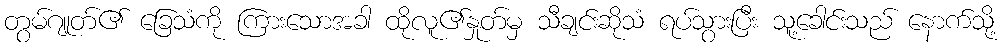
တွမ်ဂျုတ်၏ ခြေသံကို ကြားသောအခါ ထိုလူ၏နှုတ်မှ သီချင်းဆိုသံ ရပ်သွားပြီး သူ့ခေါင်းသည် နောက်သို့